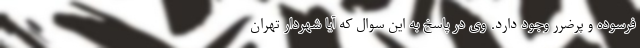
فرسوده و پرضرر وجود دارد. وی در پاسخ به این سوال که آیا شهردار تهران